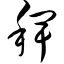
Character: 稗